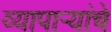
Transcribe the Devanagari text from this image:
व्यापाऱ्यांचे